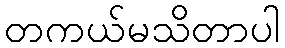
တကယ်မသိတာပါ